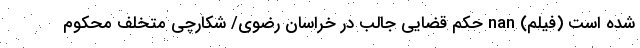
شده است (فیلم) nan حکم قضایی جالب در خراسان رضوی/ شکارچی متخلف محکوم